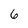
Character: 6